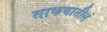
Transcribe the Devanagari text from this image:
ताफयातील